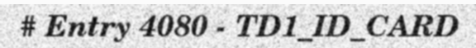
# Entry 4080 - TD1_ID_CARD